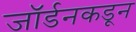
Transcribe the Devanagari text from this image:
जॉर्डनकडून